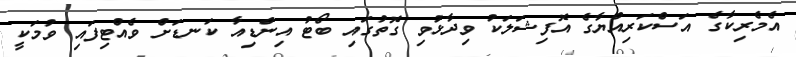
އެމެރިކާގެ އަސްކަރިއްޔާގެ އޮފިޝަލަކު ވިދާޅުވި ގޮތުގައި ބޯޓު އިންޑިއާ ކަނޑަށް ވެއްޓިފައި ވުމަކީ